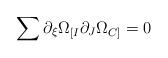
LaTeX: \begin{align*}\sum{ \partial _\xi \Omega _{[I}\partial _J \Omega _{C]}} = 0\end{align*}